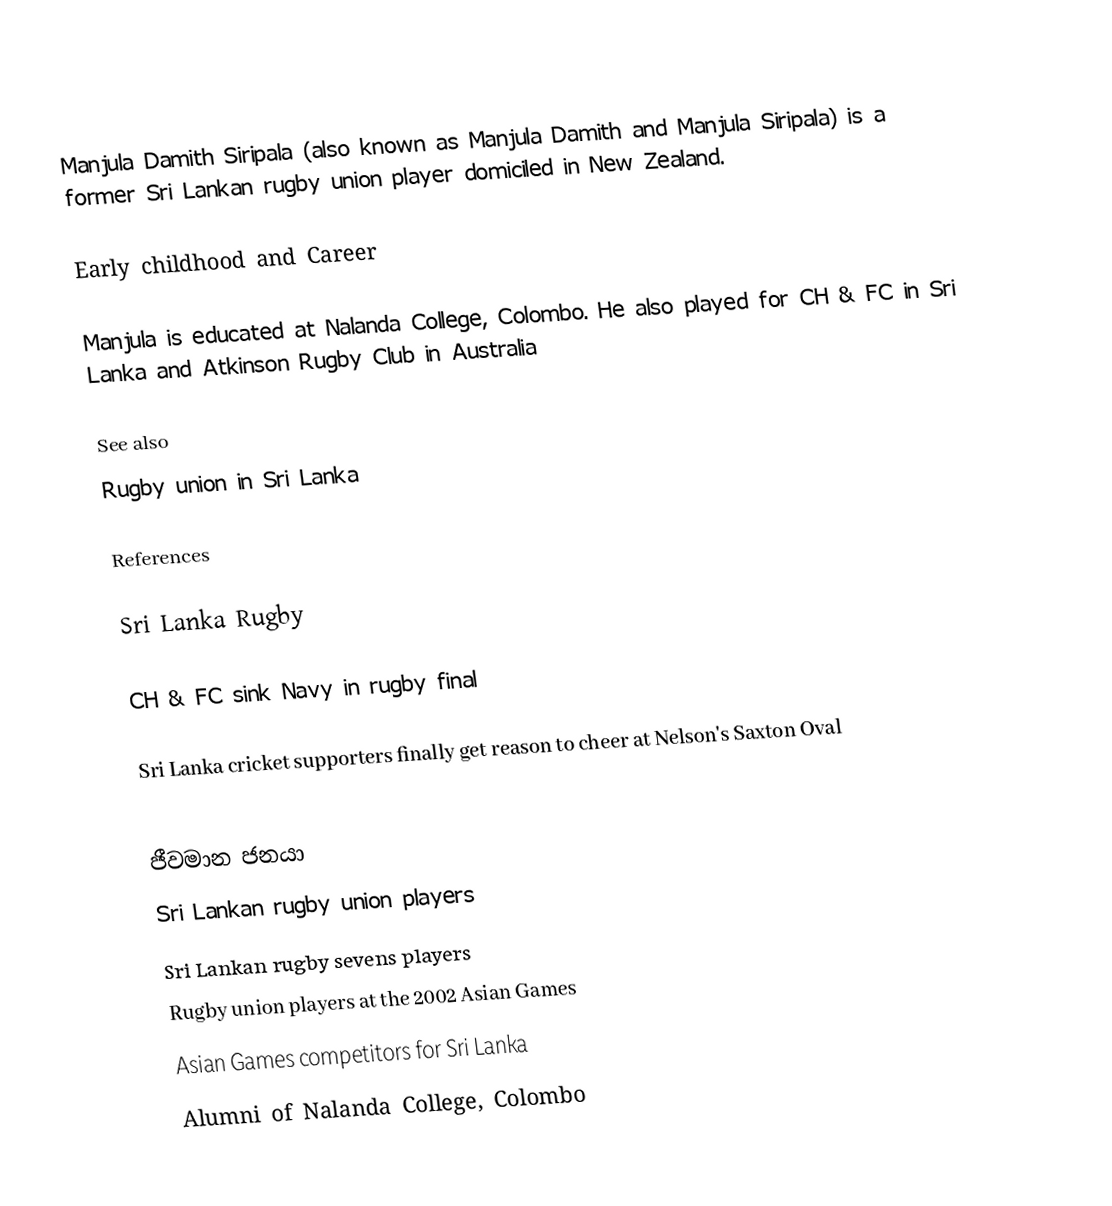
Manjula Damith Siripala (also known as Manjula Damith and Manjula Siripala) is a former Sri Lankan rugby union player  domiciled in New Zealand.

Early childhood and Career

Manjula is educated at Nalanda College, Colombo. He also played for CH & FC in Sri Lanka  and Atkinson Rugby Club in Australia

See also
 Rugby union in Sri Lanka

References

 Sri Lanka Rugby

 CH & FC sink Navy in rugby final

 Sri Lanka cricket supporters finally get reason to cheer at Nelson's Saxton Oval

ජීවමාන ජනයා
Sri Lankan rugby union players
Sri Lankan rugby sevens players
Rugby union players at the 2002 Asian Games
Asian Games competitors for Sri Lanka
Alumni of Nalanda College, Colombo